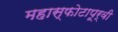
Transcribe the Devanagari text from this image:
महास्फोटापूर्वी